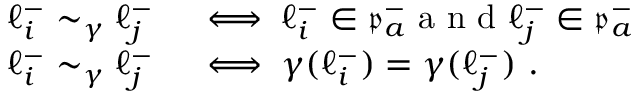
\begin{array} { r l } { \ell _ { i } ^ { - } \sim _ { \gamma } \ell _ { j } ^ { - } } & { { } \iff \ell _ { i } ^ { - } \in \mathfrak { p } _ { a } ^ { - } \mathrm { ~ a ~ n ~ d ~ } \ell _ { j } ^ { - } \in \mathfrak { p } _ { a } ^ { - } } \\ { \ell _ { i } ^ { - } \sim _ { \gamma } \ell _ { j } ^ { - } } & { { } \iff \gamma ( \ell _ { i } ^ { - } ) = \gamma ( \ell _ { j } ^ { - } ) ~ . } \end{array}